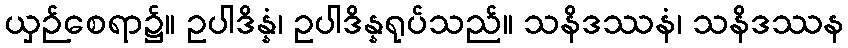
ယှဉ်စေရာ၌။ ဥပါဒိန္နံ၊ ဥပါဒိန္နရုပ်သည်။ သနိဒဿနံ၊ သနိဒဿန